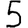
Digit: 5